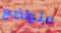
متواضع